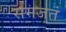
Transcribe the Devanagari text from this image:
समजतं